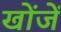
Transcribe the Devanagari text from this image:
खोंजें